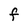
Character: F